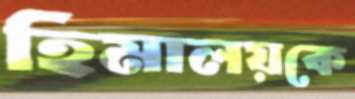
হিমালয়কে